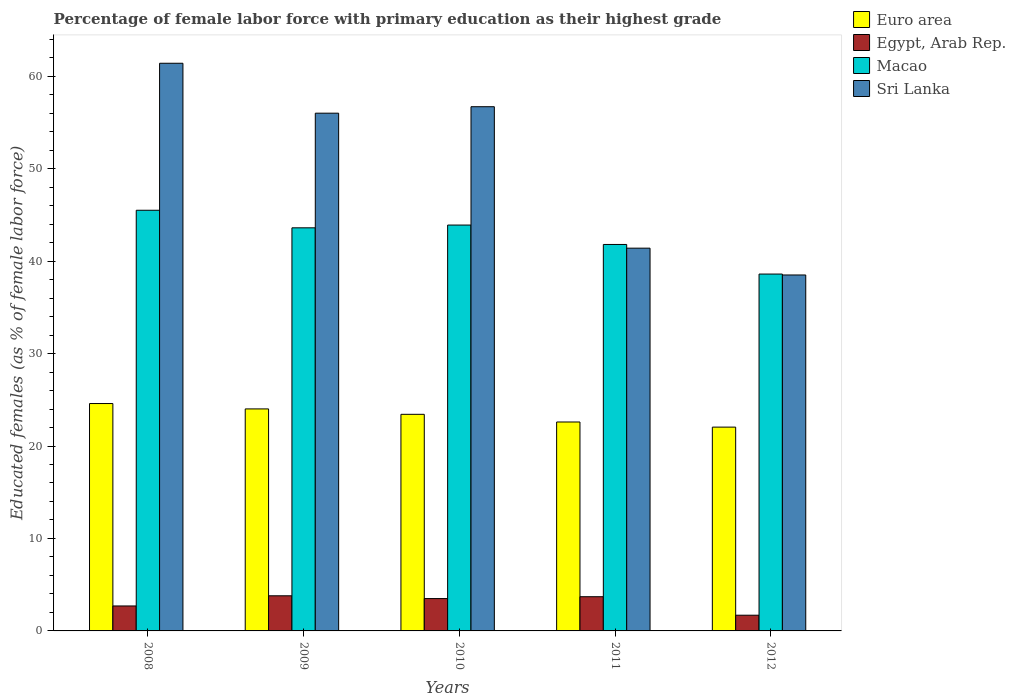
| Years | Euro area | Egypt, Arab Rep. | Macao | Sri Lanka |
 | --- | --- | --- | --- | --- |
 | 2008 | 24.6 | 2.7 | 45.5 | 61.4 |
 | 2009 | 24 | 3.8 | 43.6 | 56 |
 | 2010 | 23.4 | 3.5 | 43.9 | 56.7 |
 | 2011 | 22.6 | 3.7 | 41.8 | 41.4 |
 | 2012 | 22 | 1.7 | 38.6 | 38.5 |